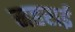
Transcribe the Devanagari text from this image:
महराई